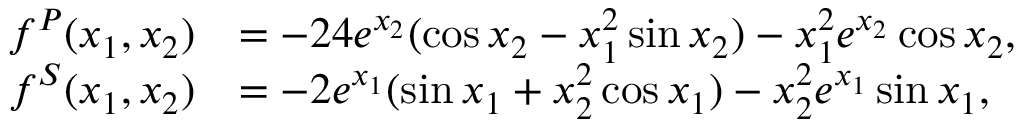
\begin{array} { r l } { f ^ { P } ( x _ { 1 } , x _ { 2 } ) } & { = - 2 4 e ^ { x _ { 2 } } ( \cos x _ { 2 } - x _ { 1 } ^ { 2 } \sin x _ { 2 } ) - x _ { 1 } ^ { 2 } e ^ { x _ { 2 } } \cos x _ { 2 } , } \\ { f ^ { S } ( x _ { 1 } , x _ { 2 } ) } & { = - 2 e ^ { x _ { 1 } } ( \sin x _ { 1 } + x _ { 2 } ^ { 2 } \cos x _ { 1 } ) - x _ { 2 } ^ { 2 } e ^ { x _ { 1 } } \sin x _ { 1 } , } \end{array}